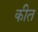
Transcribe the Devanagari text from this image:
कीत